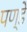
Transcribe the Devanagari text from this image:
पण्डे